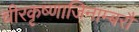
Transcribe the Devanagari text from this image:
चीरकृष्णाजिनाम्बरौ